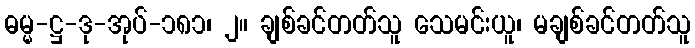
ဓမ္မ-ဋ္ဌ-ဒု-အုပ်-၁၈၁၊ ၂။ ချစ်ခင်တတ်သူ သေမင်းယူ၊ မချစ်ခင်တတ်သူ